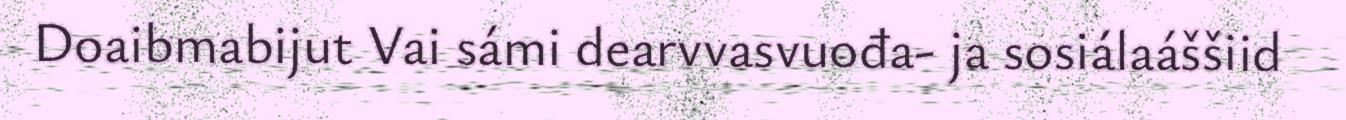
Doaibmabijut Vai sámi dearvvasvuođa- ja sosiálaáššiid